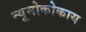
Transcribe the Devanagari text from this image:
न्यूमोकोकाय